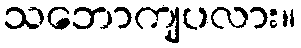
သဘောကျပလား။